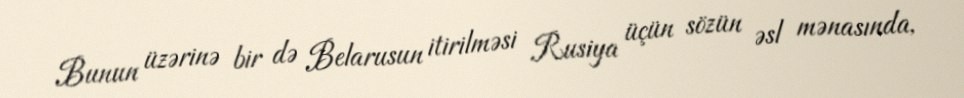
Bunun üzərinə bir də Belarusun itirilməsi Rusiya üçün sözün əsl mənasında,